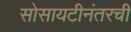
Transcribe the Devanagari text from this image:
सोसायटीनंतरची